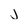
Character: j